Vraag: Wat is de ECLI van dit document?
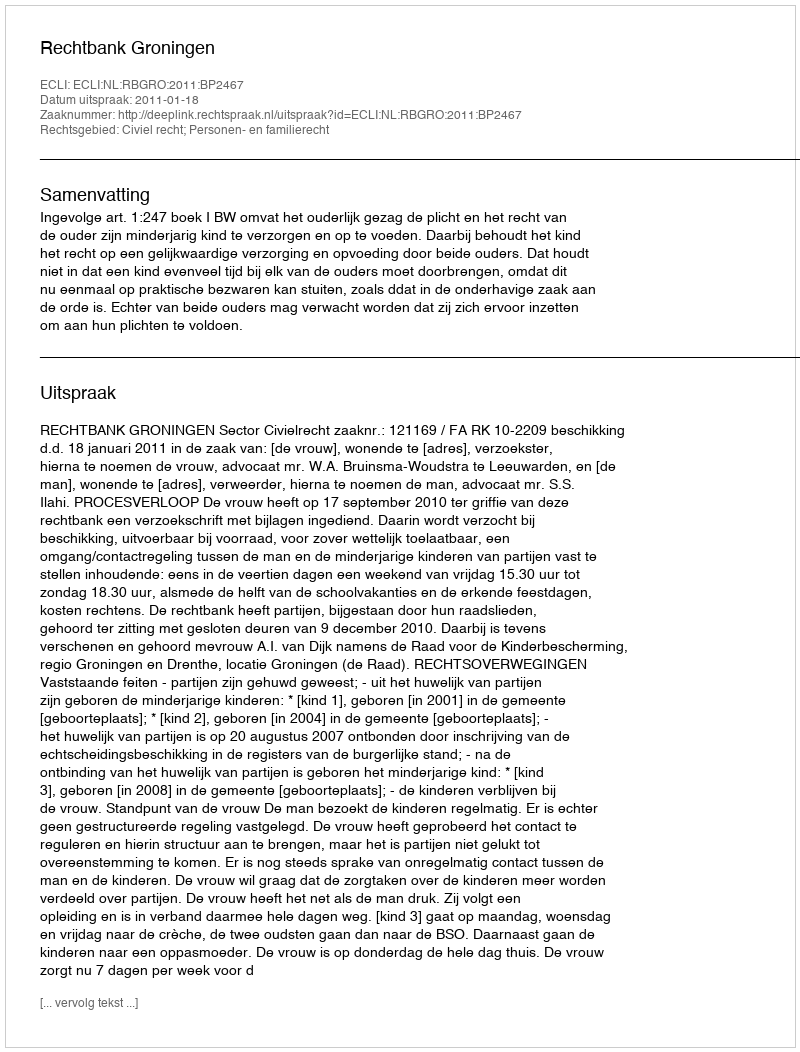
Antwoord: ECLI:NL:RBGRO:2011:BP2467